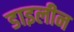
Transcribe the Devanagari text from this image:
डाइलीन